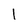
Character: 1